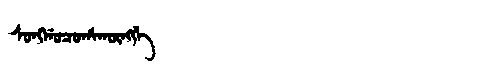
Manchu: ᠰᠣᠩᡤᠣᠴᠣᡥᠠᡴᡡᠩᡤᡝ
Romanization: SONGGOCOHAKŪNGGE